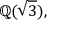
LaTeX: \mathbb { Q } ( { \sqrt { 3 } } ) ,